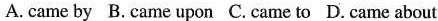
A.came by B.Came upon C.Came to D. Came about